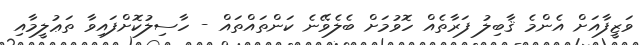
ވަޒީފާއަށް އެންމެ ޤާބިލު ފަރާތެއް ހޮވުމަށް ބެލެވޭނެ ކަންތައްތައް - ހާސިލުކޮށްފައިވާ ތަޢުލީމާއި